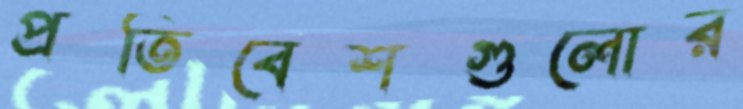
প্রতিবেশগুলোর